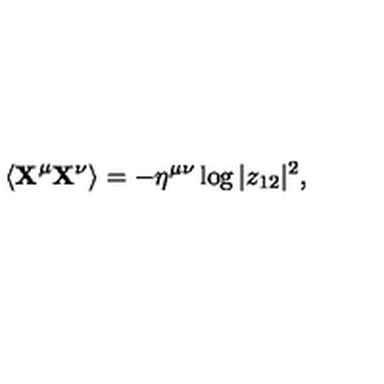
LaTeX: \langle { \bf X } ^ { \mu } { \bf X } ^ { \nu } \rangle = - \eta ^ { \mu \nu } \log | z _ { 1 2 } | ^ { 2 } ,